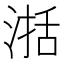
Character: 𣸅